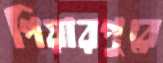
পিয়ারপুুরে